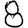
Digit: 8